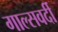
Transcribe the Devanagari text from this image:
गाल्‍सवर्दी